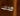
كذلك